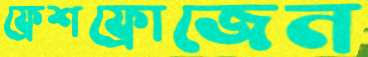
ফ্রেশফ্রোজেন